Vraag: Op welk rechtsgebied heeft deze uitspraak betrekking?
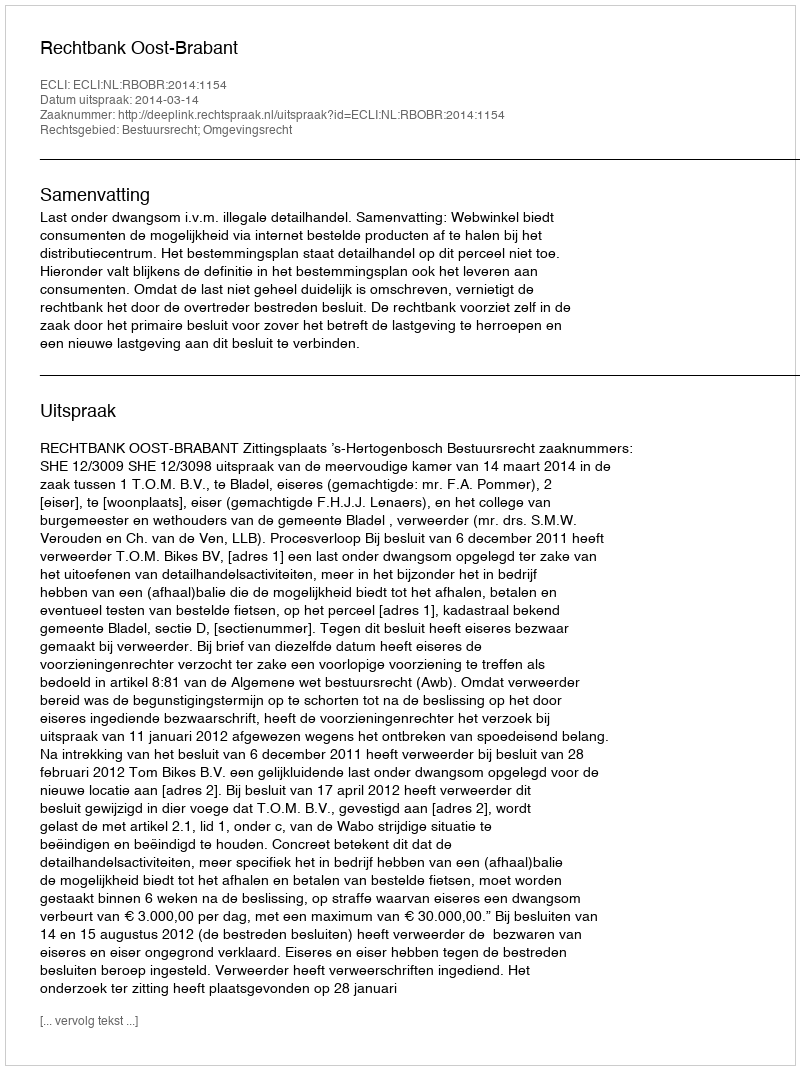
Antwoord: Bestuursrecht; Omgevingsrecht